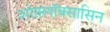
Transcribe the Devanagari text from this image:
ओफ़्लॉक्सासिन